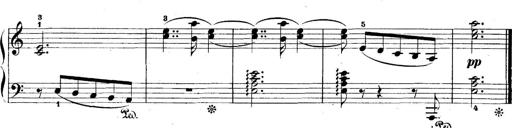
Title: 5 Sonatinas
Composer: Theodor Kirchner